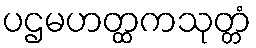
ပဌမဟတ္ထကသုတ္တံ